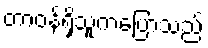
တာဝန်ရှိသူကပြောသည်